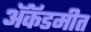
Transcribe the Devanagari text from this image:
ॲकॅडमीत